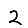
Digit: 2